Supplement to the account of plague administration in the Bombay Presidency from September 1896 till May 1897
Year: 1896
Disease focus: Plague
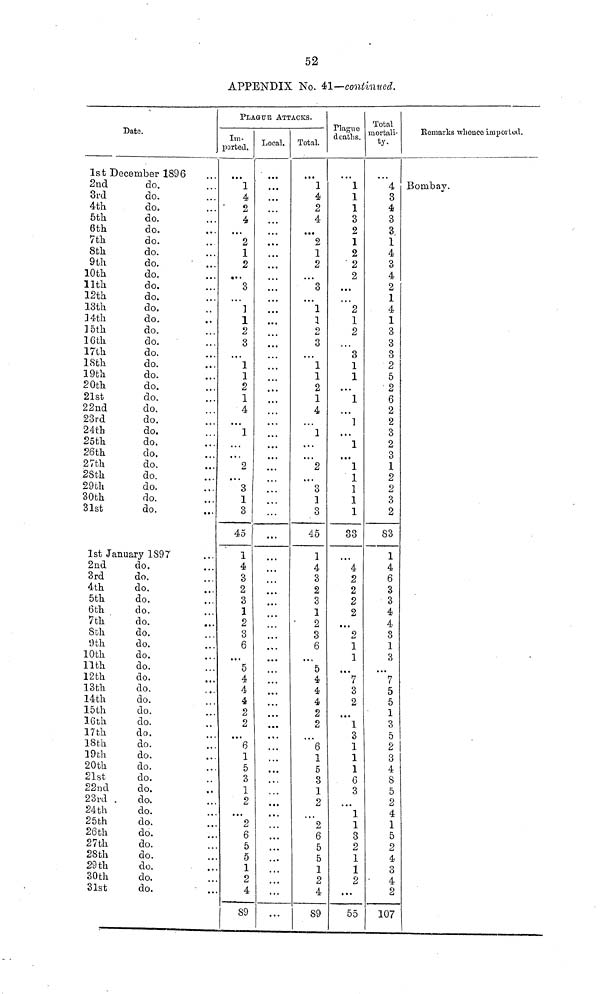
52
APPENDIX No. 41—continued.
Date.
1st December 1896
2nd
3rd
4th
5th
6th
7th
8th
9th
10th
11th
12th
13th
14th
15th
16th
17th
18th
19th
20th
21st
22nd
23rd
24th
25th
26th
27th
28th
29th
30th
31st
do.
do.
do.
do.
do.
do.
do.
do.
do.
do.
do.
do.
do.
do.
do.
do.
do.
do.
do.
do.
do.
do.
do.
do.
do.
do.
do.
do.
do.
do.
1st January 1897
2nd
3rd
4th
5th
6th
7th
8th
9th
10th
11th
12th
13th
14th
15th
16th
17th
18th
19th
20th
21st
22nd
23rd
24th
25th
26th
27th
28th
29th
30th
31st
do.
do.
do.
do.
do.
do.
do.
do.
do.
do.
do.
do.
do.
do.
do.
do.
do.
do.
do.
do.
do.
do.
do.
do.
do.
do.
do.
do.
do.
do.
...
...
...
...
...
...
...
...
...
...
...
...
...
...
...
...
...
...
...
...
...
...
...
...
...
...
...
.....
...
...
...
...
...
...
...
...
...
...
...
...
...
......
...
...
...
...
...
...
...
....
...
...
...
...
...
...
...
...
...
...
...
PLAGUE ATTACKS.
Im-
ported.
...
1
4
2
4
...
2
1
2
...
3
...
1
1
2
3
...
1
1
2
1
4
...
1
...
...
2
...
3
1
3
45
1
4
3
2
3
1
2
3
6
...
5
4
4
4
2
2
...
6
1
5
3
1
2
...
2
6
5
5
1
2
4
89
Local.
...
...
...
...
...
...
...
...
...
...
...
...
...
...
...
...
...
...
...
...
...
...
...
...
...
...
...
...
...
...
...
...
...
...
...
...
...
.......
...
...
...
...
...
...
...
...
...
...
...
...
...
...
...
...
...
• • •
...
...
...
...
...
...
Total.
...
1
4
2
4
...
2
1
2
...
3
...
1
1
2
3
...
1
1
2
1
4
...
1
...
2
...
3
1
3
45
1
4
3
2
3
1
2
3
6
...
5
4
4
4
2
2
...
6
1
5
3
1
2
...
2
6
5
5
1
2
4
89
Plague
deaths.
...
1
1
1
3
2
1
2
2
2
...
...
2
1
2
...
3
1
1
...
1
...
1
...
1
...
1
1
1
1
1
33
...
4
2
2
2
2
...
2
1
1
...
7
3
2
...
1
3
1
1
1
6
3
...
1
1
3
2
1
1
2
...
55
Total
mortali-
ty.
...
4
3
4
3
3
1
4
3
4
2
1
4
1
3
3
3
2
5
2
6
2
2
3
2
3
1
2
2
3
2
83
1
4
6
3
3
4
4
3
1
3
...
7
5
5
1
3
5
2
3
4
8
5
2
4
1
5
2
4
3
4.
2
107
Remarks whence imported.
Bombay.